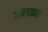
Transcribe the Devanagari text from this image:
अग्रगझय